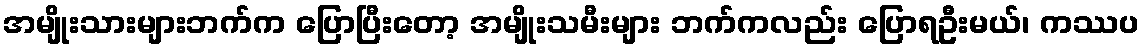
အမျိုးသားများဘက်က ပြောပြီးတော့ အမျိုးသမီးများ ဘက်ကလည်း ပြောရဦးမယ်၊ ကဿပ